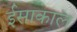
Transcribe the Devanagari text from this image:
ईसाकाल